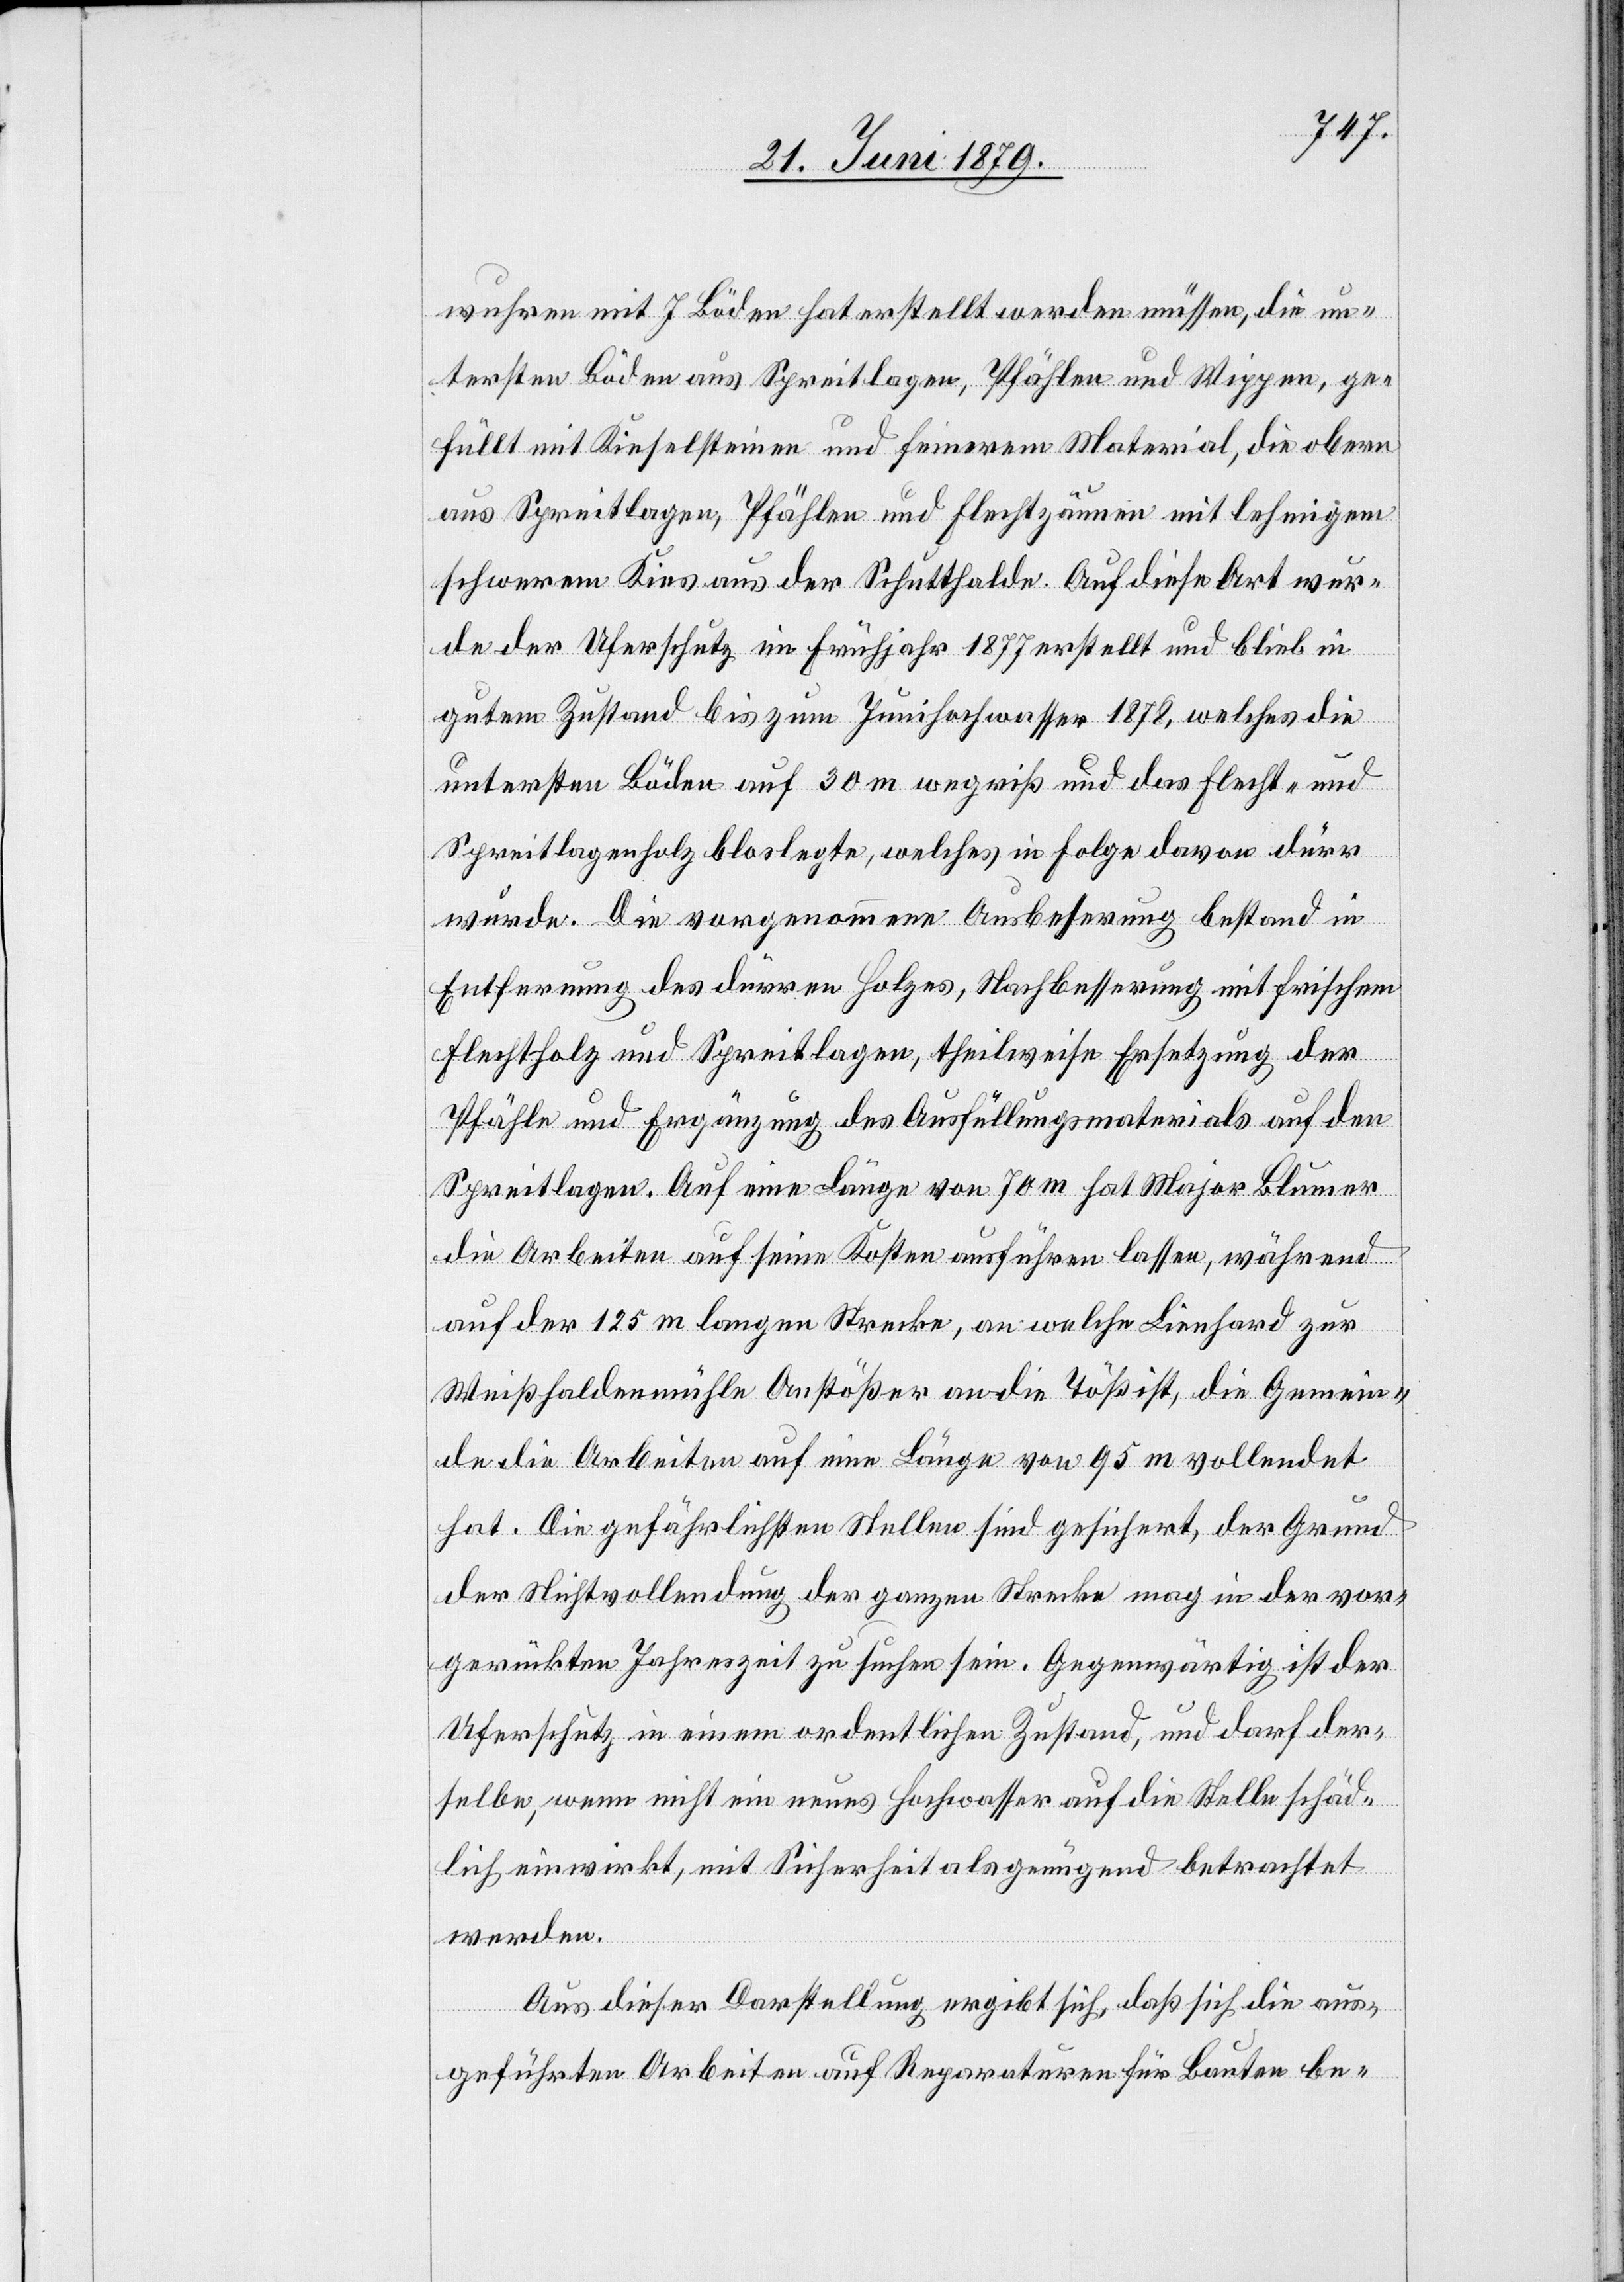
wuhren mit 7 Böden hat erstellt werden müssen, die un¬
tersten Böden aus Spreitlagen, Pfählen und Wippen, ge¬
füllt mit Kieselsteinen und feinerem Material, die obern
aus Spreitlagen, Pfählen und Flechtzäunen mit lehmigem
schwerem Kies aus der Schutthalde. Auf diese Art wur¬
de der Uferschutz im Frühjahr 1877 erstellt und blieb in
gutem Zustand bis zum Junihochwasser 1878, welches die
untersten Böden auf 30 m wegriß und das Flecht- und
Spreitlagenholz bloslegte, welches in Folge davon dürr
wurde. Die vorgenommene Ausbesserung bestand in
Entfernung des dürren Holzes, Nachbesserung mit frischem
Flechtholz und Spreitlagen, theilweise Ersetzung der
Pfähle und Ergänzung des Ausfüllungsmaterials auf den
Spreitlagen. Auf eine Länge von 70 m hat Major Blumer
die Arbeiten auf seine Kosten ausführen lassen, während
auf der 125 m langen Strecke, an welche Lienhard zur
Weißhaldenmühle Anstößer an die Töß ist, die Gemein¬
de die Arbeiten auf eine Länge von 95 m vollendet
hat. Die gefährlichsten Stellen sind gesichert, der Grund
der Nichtvollendung der ganzen Strecke mag in der vor¬
gerückten Jahreszeit zu suchen sein. Gegenwärtig ist der
Uferschutz in einem ordentlichen Zustand, und darf der¬
selbe, wenn nicht ein neues Hochwasser auf die Stelle schäd¬
lich einwirkt, mit Sicherheit als genügend betrachtet
werden.
Aus dieser Darstellung ergibt sich, daß sich die aus¬
geführten Arbeiten auf Reparaturen für Bauten be-